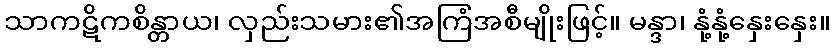
သာကဋိကစိန္တာယ၊ လှည်းသမား၏အကြံအစီမျိုးဖြင့်။ မန္ဒာ၊ နုံ့နုံ့နှေးနှေး။